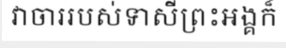
វាចាររបស់ទាសីព្រះអង្គក៏